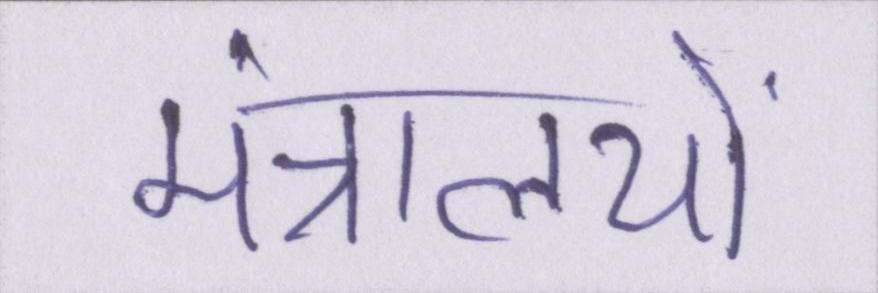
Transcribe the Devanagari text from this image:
मंत्रालयों